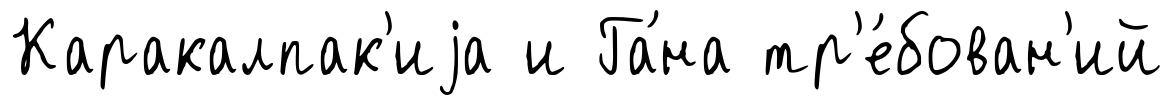
Каракалпак'иjа и Га́на тр'е́бован'ий